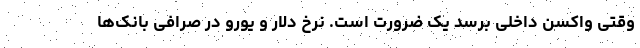
وقتی واکسن داخلی برسد یک ضرورت است. نرخ دلار و یورو در صرافی بانک‌ها